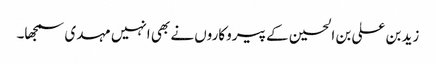
زید بن علی بن الحسین کے پیروکاروں نے بھی انہیں مہدی سمجھا۔